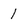
Character: 1